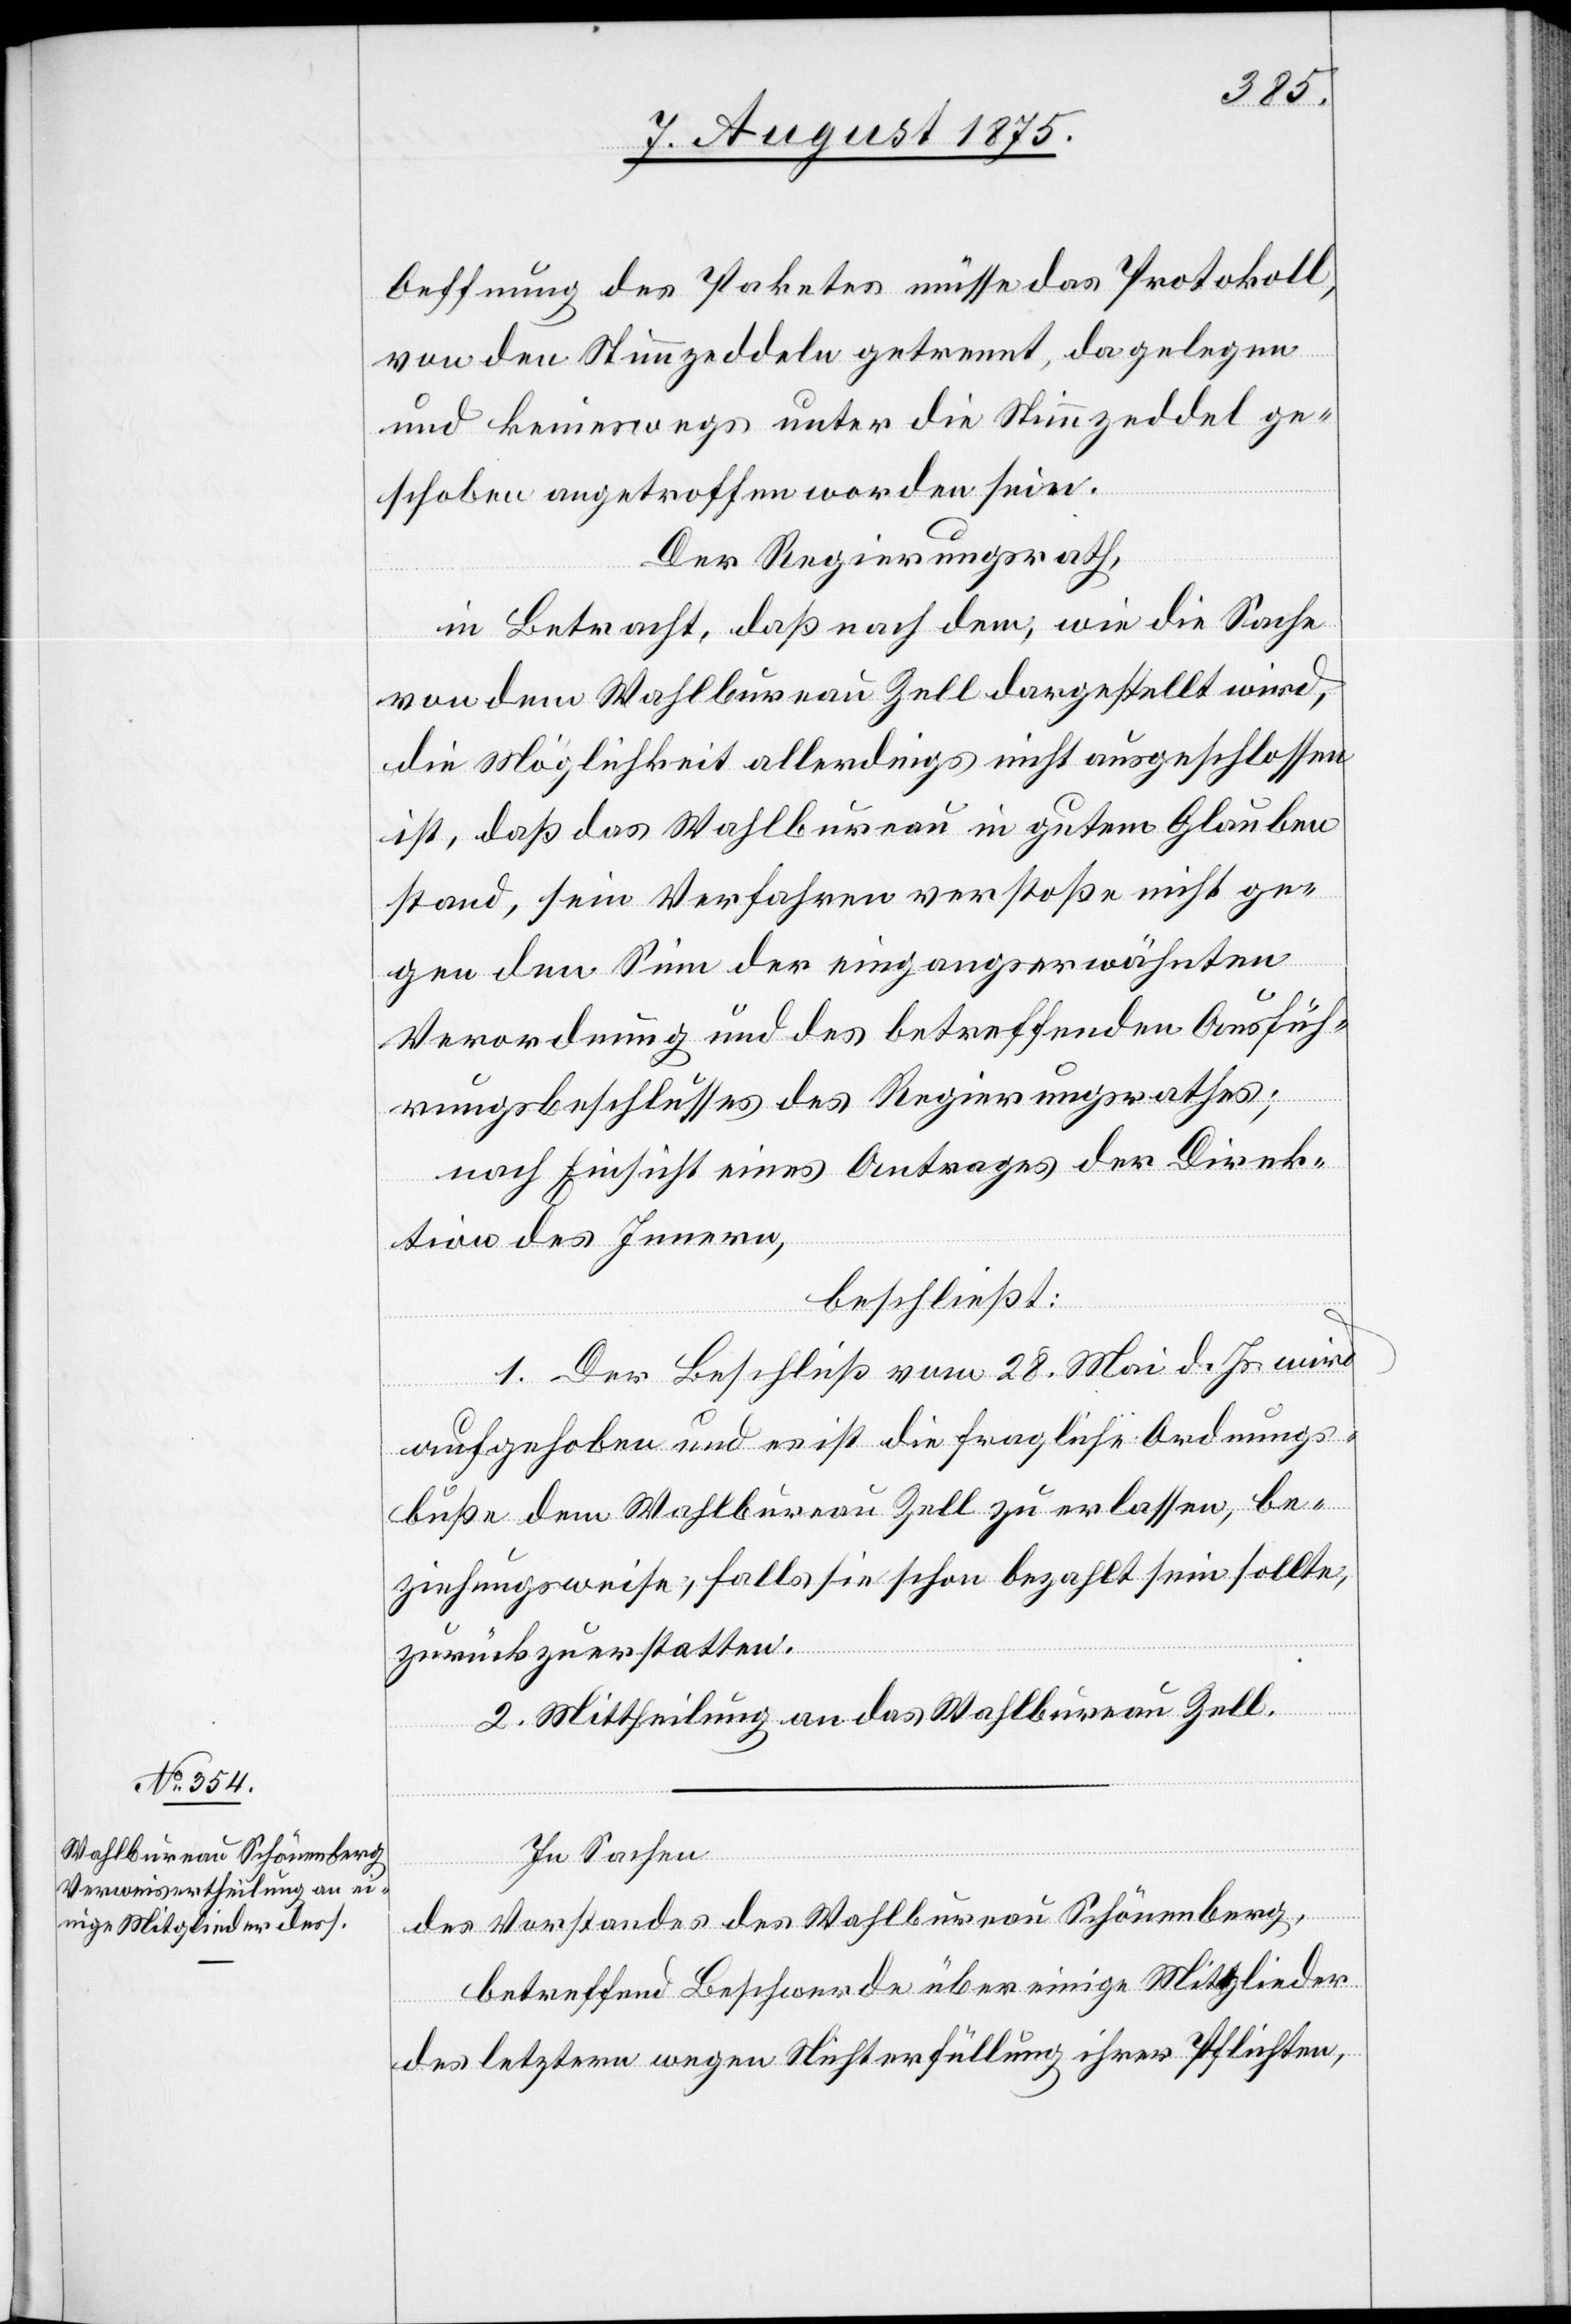
Oeffnung des Paketes müsse das Protokoll,
von den Stimmzeddeln getrennt, dagelegen
und keineswegs unter die Stimmzeddel ge¬
schoben angetroffen worden sein.
Der Regierungsrath,
in Betracht, daß nach dem, wie die Sache
von dem Wahlbureau Zell dargestellt wird,
die Möglichkeit allerdings nicht ausgeschlossen
ist, daß das Wahlbureau in gutem Glauben
stand, sein Verfahren verstoße nicht ge¬
gen den Sinn der eingangserwähnten
Verordnung und des betreffenden Ausfüh¬
rungsbeschlusses des Regierungsrathes:
nach Einsicht eines Antrages der Direk¬
tion des Innern,
beschließt:
1. Der Beschluß vom 28. Mai d. Js. wird
aufgehoben und es ist die fragliche Ordnungs¬
buße dem Wahlbureau Zell zu erlassen, be¬
ziehungsweise, falls sie schon bezahlt sein sollte,
zurückzuerstatten.
2. Mittheilung an das Wahlbureau Zell.
In Sachen
des Vorstandes des Wahlbureau Schönenberg,
betreffend Beschwerde über einige Mitglieder
des letztern wegen Nichterfüllung ihrer Pflichten,